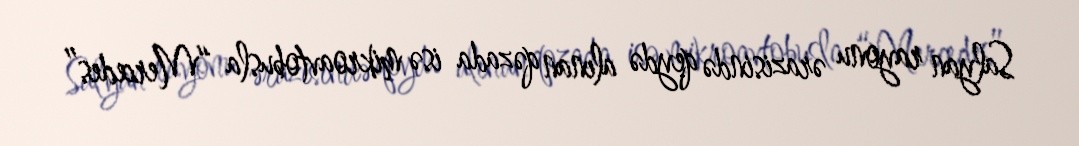
Salyan rayonu ərazisində qeydə alınan qəzada isə mikroavtobusla “Mercedes”